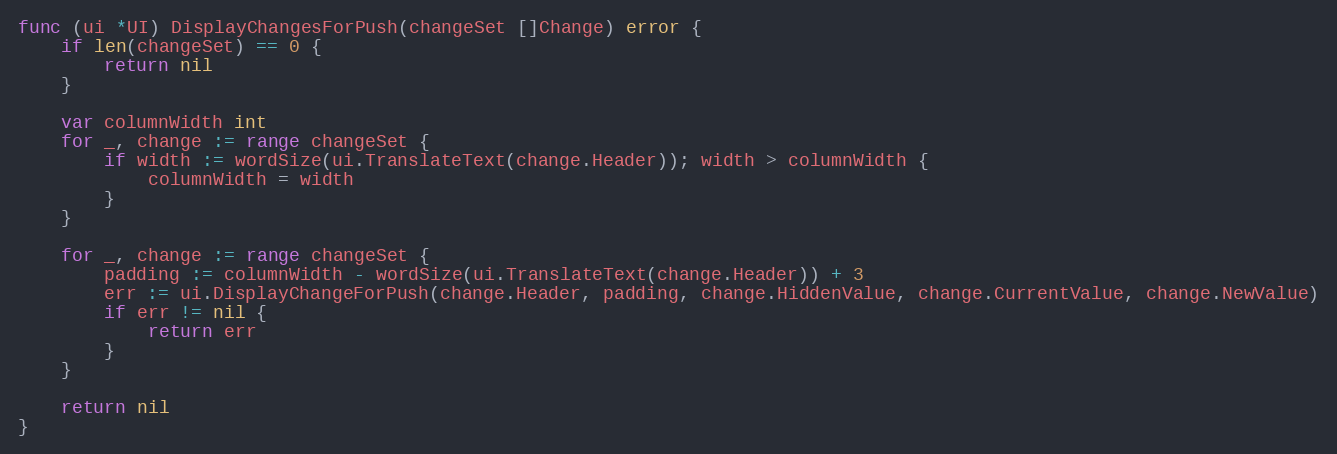
Language: Go
func (ui *UI) DisplayChangesForPush(changeSet []Change) error {
	if len(changeSet) == 0 {
		return nil
	}

	var columnWidth int
	for _, change := range changeSet {
		if width := wordSize(ui.TranslateText(change.Header)); width > columnWidth {
			columnWidth = width
		}
	}

	for _, change := range changeSet {
		padding := columnWidth - wordSize(ui.TranslateText(change.Header)) + 3
		err := ui.DisplayChangeForPush(change.Header, padding, change.HiddenValue, change.CurrentValue, change.NewValue)
		if err != nil {
			return err
		}
	}

	return nil
}